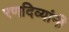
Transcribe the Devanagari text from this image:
रणदिव्यांनी